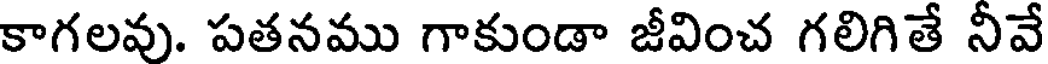
కాగలవు. పతనము గాకుండా జీవించ గలిగితే నీవే